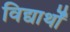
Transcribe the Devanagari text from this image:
विद्यार्थों